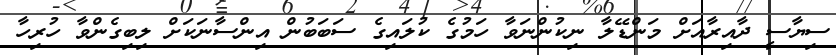
ސިޔާސީ ދާއިރާއަށް މަންޑޭލާ ނިކުންނަވާ ހަމުގެ ކުލައިގެ ސަބަބުން އިންސާނަކަށް ލިބިގެންވާ ހުރިހާ